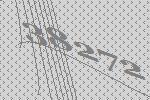
38272